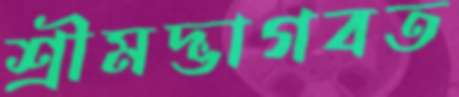
শ্রীমদ্ভাগবত